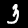
Digit: 3